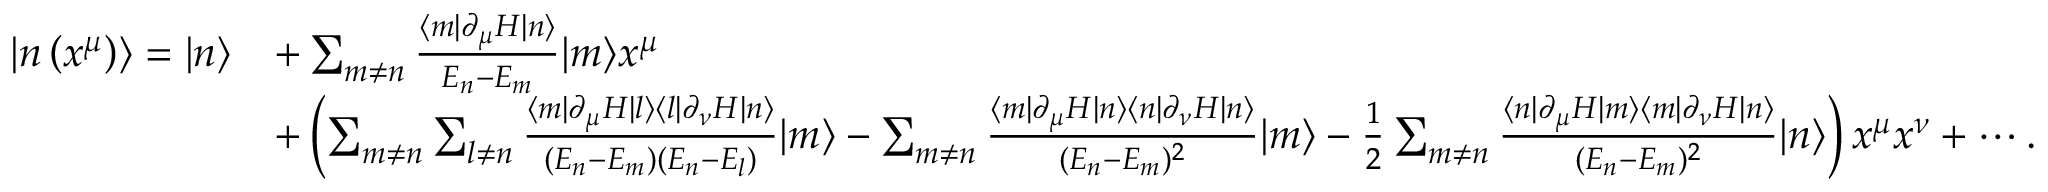
{ \begin{array} { r l } { \left| n \left( x ^ { \mu } \right) \right\rangle = | n \rangle } & { + \sum _ { m \neq n } { \frac { \langle m | \partial _ { \mu } H | n \rangle } { E _ { n } - E _ { m } } } | m \rangle x ^ { \mu } } \\ & { + \left( \sum _ { m \neq n } \sum _ { l \neq n } { \frac { \langle m | \partial _ { \mu } H | l \rangle \langle l | \partial _ { \nu } H | n \rangle } { ( E _ { n } - E _ { m } ) ( E _ { n } - E _ { l } ) } } | m \rangle - \sum _ { m \neq n } { \frac { \langle m | \partial _ { \mu } H | n \rangle \langle n | \partial _ { \nu } H | n \rangle } { ( E _ { n } - E _ { m } ) ^ { 2 } } } | m \rangle - { \frac { 1 } { 2 } } \sum _ { m \neq n } { \frac { \langle n | \partial _ { \mu } H | m \rangle \langle m | \partial _ { \nu } H | n \rangle } { ( E _ { n } - E _ { m } ) ^ { 2 } } } | n \rangle \right) x ^ { \mu } x ^ { \nu } + \cdots . } \end{array} }